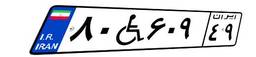
۲۵W۹۵۷۷۱